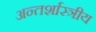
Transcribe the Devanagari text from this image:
अन्तर्शास्त्रीय